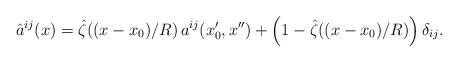
\begin{align*}\hat a^{ij}(x)=\hat\zeta ((x-x_0)/R )\,a^{ij}(x_0',x'') + \left(1-\hat\zeta((x-x_0)/R)\right)\delta_{ij}.\end{align*}